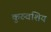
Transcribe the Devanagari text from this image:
कुरुवंशिय